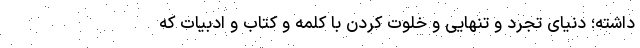
داشته؛ دنیای تجرد و تنهایی و خلوت کردن با کلمه و کتاب و ادبیات که